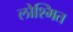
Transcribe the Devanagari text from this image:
लोश्मित